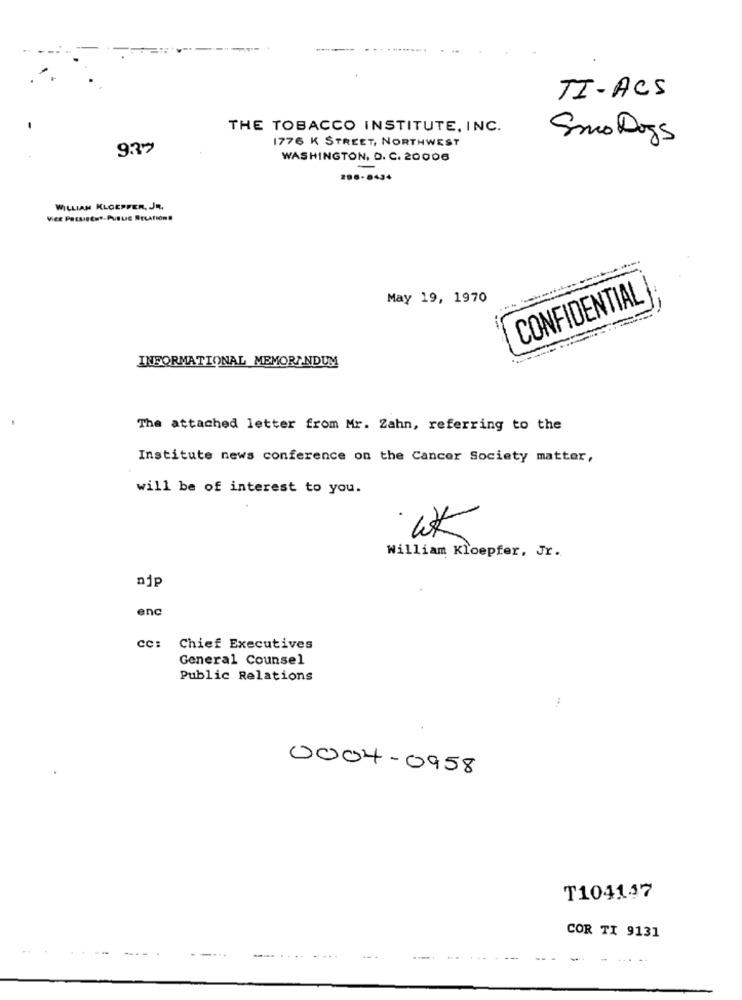
-
TI-ACS
THE TOBACCO INSTITUTE, INC.
1776 K STREET, NORTHWEST
SmoDogs
937
WASHINGTON, D. C. 20006
206-8434
WILLIAM KLOEPFER, JR.
May 19, 1970
CONFIDENTIAL
INFORMATIONAL MEMORANDUM
The attached letter from Mr. Zahn, referring to the
Institute news conference on the Cancer Society matter,
will be of interest to you.
WK
William Kloepfer, Jr.
njp
enc
cc:
Chief Executives
General Counsel
Public Relations
0004-0958
T104147
COR TI 9131
.... .....
--- -
-